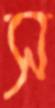
স